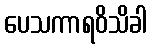
ပေသကာရဝိသိခါ